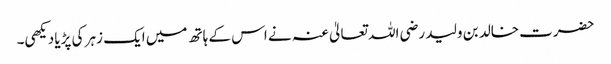
حضرت خالد بن ولید رضی اللہ تعالیٰ عنہ نے اس کے ہاتھ میں ایک زہر کی پڑیا دیکھی۔